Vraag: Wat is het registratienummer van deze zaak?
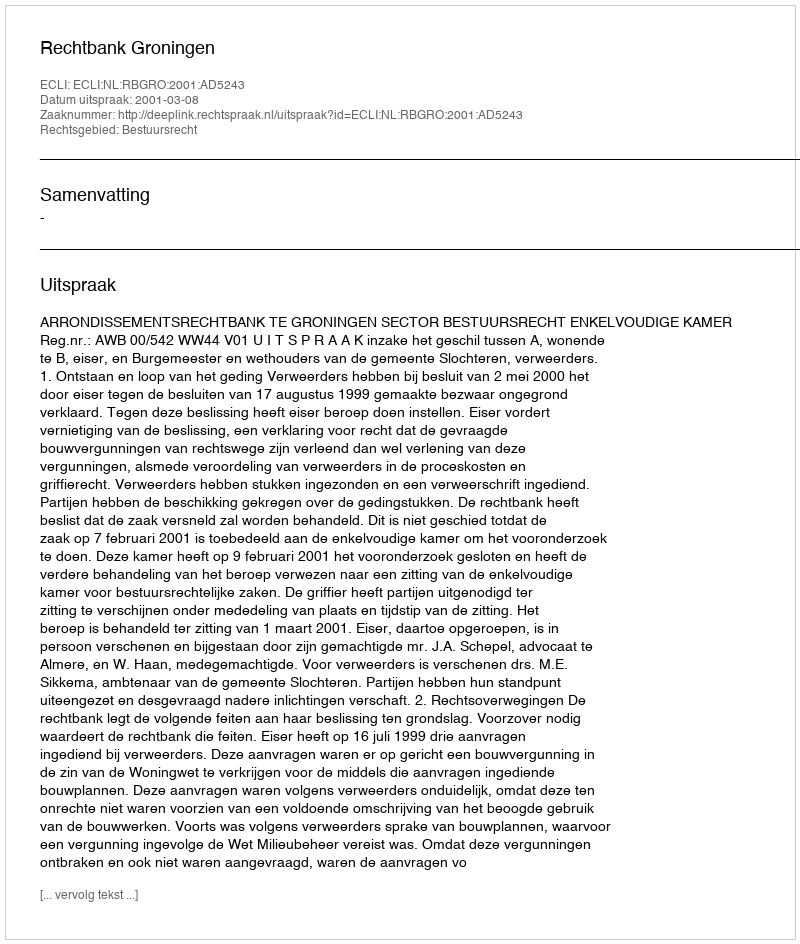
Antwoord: http://deeplink.rechtspraak.nl/uitspraak?id=ECLI:NL:RBGRO:2001:AD5243